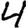
Digit: 4